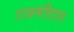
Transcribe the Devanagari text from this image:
राजमंदिरात